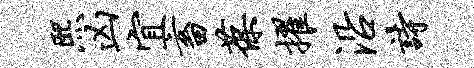
熙凶宜畜葆擢沿诗